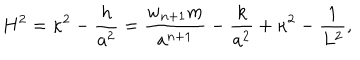
H ^ { 2 } = \kappa ^ { 2 } - { \frac { h } { a ^ { 2 } } } = { \frac { w _ { n + 1 } m } { a ^ { n + 1 } } } - { \frac { k } { a ^ { 2 } } } + \kappa ^ { 2 } - { \frac { 1 } { L ^ { 2 } } } ,